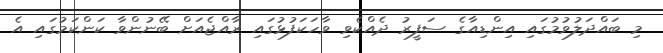
މި ބައްދަލުވުމުގައި އިންޑިއާގެ ސަފީރު ދެއްކެވި ވާހަކަފުޅުގައި ރާއްޖެއަށް ބޭނުންވާ ކަންކަމުގައި އެ